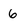
Character: 6